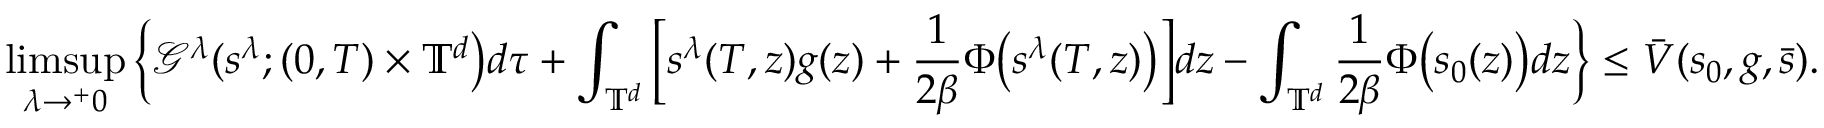
\operatorname* { l i m s u p } _ { \lambda \to ^ { + } 0 } \Big \{ \mathcal { G } ^ { \lambda } ( s ^ { \lambda } ; ( 0 , T ) \times \mathbb { T } ^ { d } \big ) d \tau + \int _ { \mathbb { T } ^ { d } } \Big [ { s } ^ { \lambda } ( T , z ) { g } ( z ) + \frac { 1 } { 2 \beta } \Phi \big ( s ^ { \lambda } ( T , z ) \big ) \Big ] d z - \int _ { \mathbb { T } ^ { d } } \frac { 1 } { 2 \beta } \Phi \big ( s _ { 0 } ( z ) \big ) d z \Big \} \leq \bar { V } ( s _ { 0 } , g , \bar { s } ) .